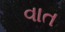
વાત